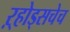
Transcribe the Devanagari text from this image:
ऱ्होड्सचेच